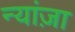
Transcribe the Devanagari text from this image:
न्यांज़ा